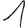
Digit: 1